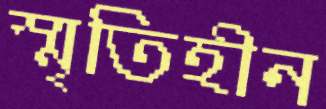
স্মৃতিহীন